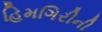
હિમગિરીની